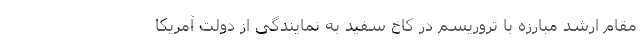
مقام ارشد مبارزه با تروریسم در کاخ سفید به نمایندگی از دولت آمریکا